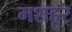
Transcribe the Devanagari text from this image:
मशहूर्